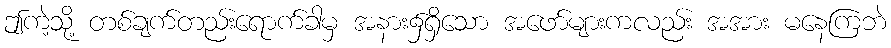
ဤကဲ့သို့ တစ်ချက်တည်းရောက်ခါမှ အနား၌ရှိသော အဖော်များကလည်း အအား မနေကြဘဲ